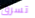
تسرق